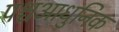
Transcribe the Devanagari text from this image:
पश्चआधुनिक